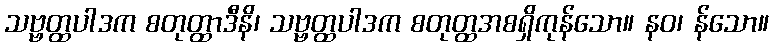
သဗ္ဗတ္ထပါဒက စတုတ္ထာဒီနိ၊ သဗ္ဗတ္ထပါဒက စတုတ္ထအစရှိကုန်သော။ နဝ၊ န်သော။